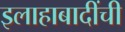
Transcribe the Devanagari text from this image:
इलाहाबादींची